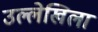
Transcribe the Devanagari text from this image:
उल्लेखिला